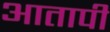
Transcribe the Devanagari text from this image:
आतापी